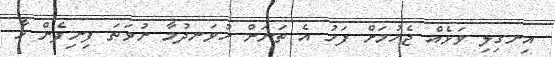
އިނގިލި ވަޅެއް ޖެހުމަށް ފަހު އެ ތަނަށް ހުވަނދުމާ ނުވަތަ ފިނިފެން މާ